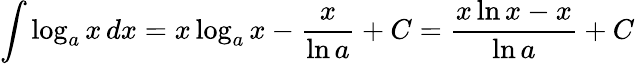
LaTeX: \int\log_{a}x\, dx=x\log_{a}x-{\frac{x}{\ln a}}+C={\frac{x\ln x-x}{\ln a}}+C